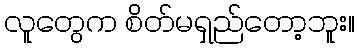
လူတွေက စိတ်မရှည်တော့ဘူး။